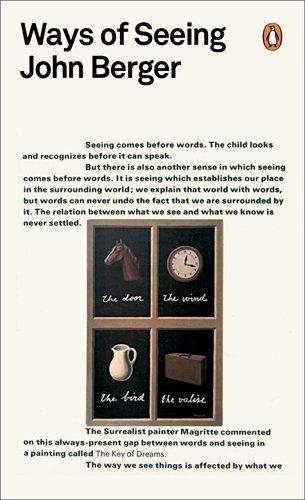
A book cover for Modern Classics Ways of Seeing; John Berger; Crafts, Hobbies & Home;